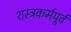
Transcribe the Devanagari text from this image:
शस्त्रकर्मपूर्व